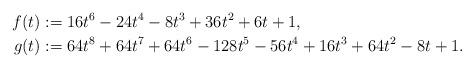
LaTeX: \begin{align*} f(t) &:= 16t^6 - 24t^4 - 8t^3 + 36t^2 + 6t + 1, \\g(t) &:= 64t^8 + 64t^7 + 64t^6 - 128t^5 - 56t^4 + 16t^3 + 64t^2 - 8t + 1.\end{align*}